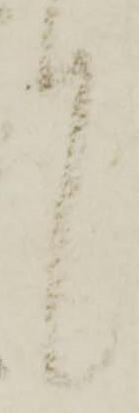
言